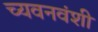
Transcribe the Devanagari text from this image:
च्यवनवंशी